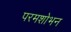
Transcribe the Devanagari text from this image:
परमशोभन